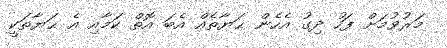
މަރުވުމަށް ފަހު ދިގު އެހެން ޙަޔާތެއް އެބަ އޮތް ކަމާއި އެ ޙަޔާތަކީ